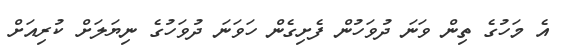
އެ މަހުގެ ތިން ވަނަ ދުވަހުން ފެށިގެން ހަވަނަ ދުވަހުގެ ނިޔަލަށް ކުރިއަށް